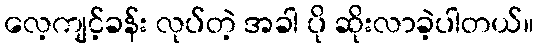
လေ့ကျင့်ခန်း လုပ်တဲ့ အခါ ပို ဆိုးလာခဲ့ပါတယ်။